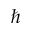
\hbar